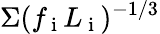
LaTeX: \Sigma(f_{\mathrm{~i~}}L_{\mathrm{~i~}})^{-1/3}